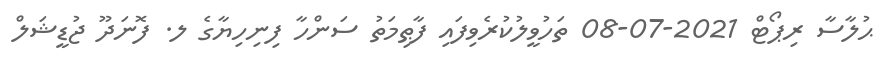
ޙުލާސާ ރިޕޯޓް 2021-07-08 ތަހުވީލުކުރެވިފައި ފާޠިމަތު ސަންހާ ފިނިހިޔާގެ ލ. ފޮނަދޫ ޖުޑީޝަލް